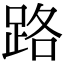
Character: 路